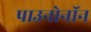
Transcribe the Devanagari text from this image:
पाउनोनॉन